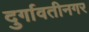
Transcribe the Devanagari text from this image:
दुर्गावतीनगर